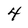
Character: 4